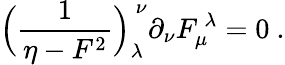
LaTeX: \Bigl({\frac{1}{\eta-F^{2}}}\Bigr)_{\lambda}^{\ \nu}\partial_{\nu}F_{\mu}^{\ \lambda}=0\ .